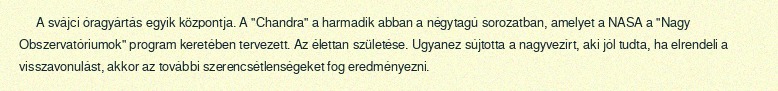
A svájci óragyártás egyik központja. A "Chandra" a harmadik abban a négytagú sorozatban, amelyet a NASA a "Nagy Obszervatóriumok" program keretében tervezett. Az élettan születése. Ugyanez sújtotta a nagyvezírt, aki jól tudta, ha elrendeli a visszavonulást, akkor az további szerencsétlenségeket fog eredményezni.